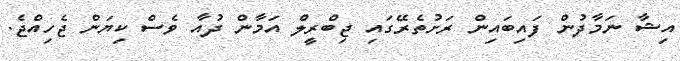
އިޝާ ނަމާދުން ފައިބައިން ރަށުތެރޭގައި ޖިބްރީލް އަމާން ދުއާ ވެސް ކިޔަން ޖެހިއްޖެ.